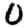
Digit: 0